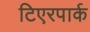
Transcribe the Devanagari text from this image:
टिएरपार्क